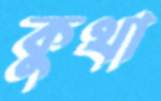
কুথা